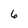
Character: 6